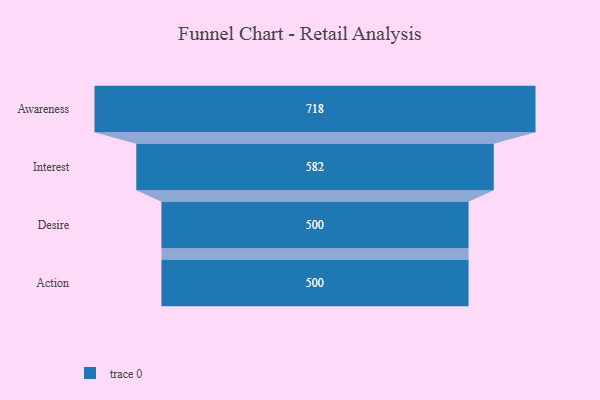
{"axis": {"x": "Stage", "y": "Value"}, "legend": [""], "data": [{"x": "Awareness", "y": 718.0, "type": ""}, {"x": "Interest", "y": 582.0, "type": ""}, {"x": "Desire", "y": 500, "type": ""}, {"x": "Action", "y": 500, "type": ""}]}